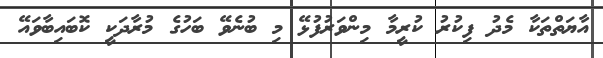
އާޔަތްތަކާ މެދު ފިކުރު ކުރީމާ މިންވަރުފުޅޭ މި ބުނެވޭ ބަހުގެ މުރާދަކީ ކޮބައިބާވައޭ